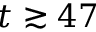
t \gtrsim 4 7